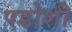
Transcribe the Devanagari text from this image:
पडोशी